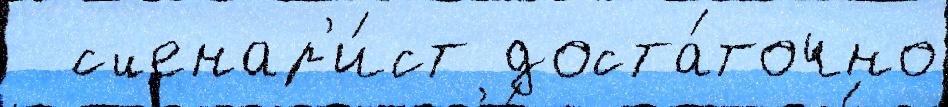
  сценар'и́ст доста́точно